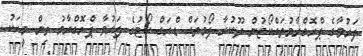
ފަރުވާގެ ޕްރޮގްރާމުތައްކޯޓުން ދޫކުރާ ފޯމުތައް ޑްރަގް ކޯޓުގެ ފަރުވާ ޕްރޮގްރާމު ތިން މީހަކު